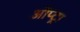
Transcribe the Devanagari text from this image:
ऑप्ट्रा